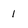
Character: I